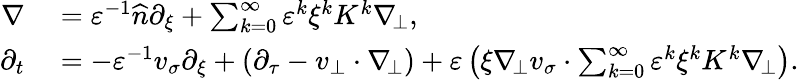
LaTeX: \begin{array}{rl}{\nabla}&{{}=\varepsilon^{-1}\widehat{n}\partial_{\xi}+\sum_{k=0}^{\infty}\varepsilon^{k}\xi^{k}K^{k}\nabla_{\! \bot},}\\ {\partial_{t}}&{{}=-\varepsilon^{-1}v_{\sigma}\partial_{\xi}+(\partial_{\tau}-v_{\bot}\cdot\nabla_{\! \bot})+\varepsilon\left(\xi\nabla_{\! \bot}v_{\sigma}\cdot\sum_{k=0}^{\infty}\varepsilon^{k}\xi^{k}K^{k}\nabla_{\! \bot}\right).}\end{array}